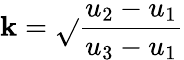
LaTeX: \mathbf{k}={\sqrt{}{{\frac{{u_{2}-u_{1}}}{{u_{3}-u_{1}}}}}}